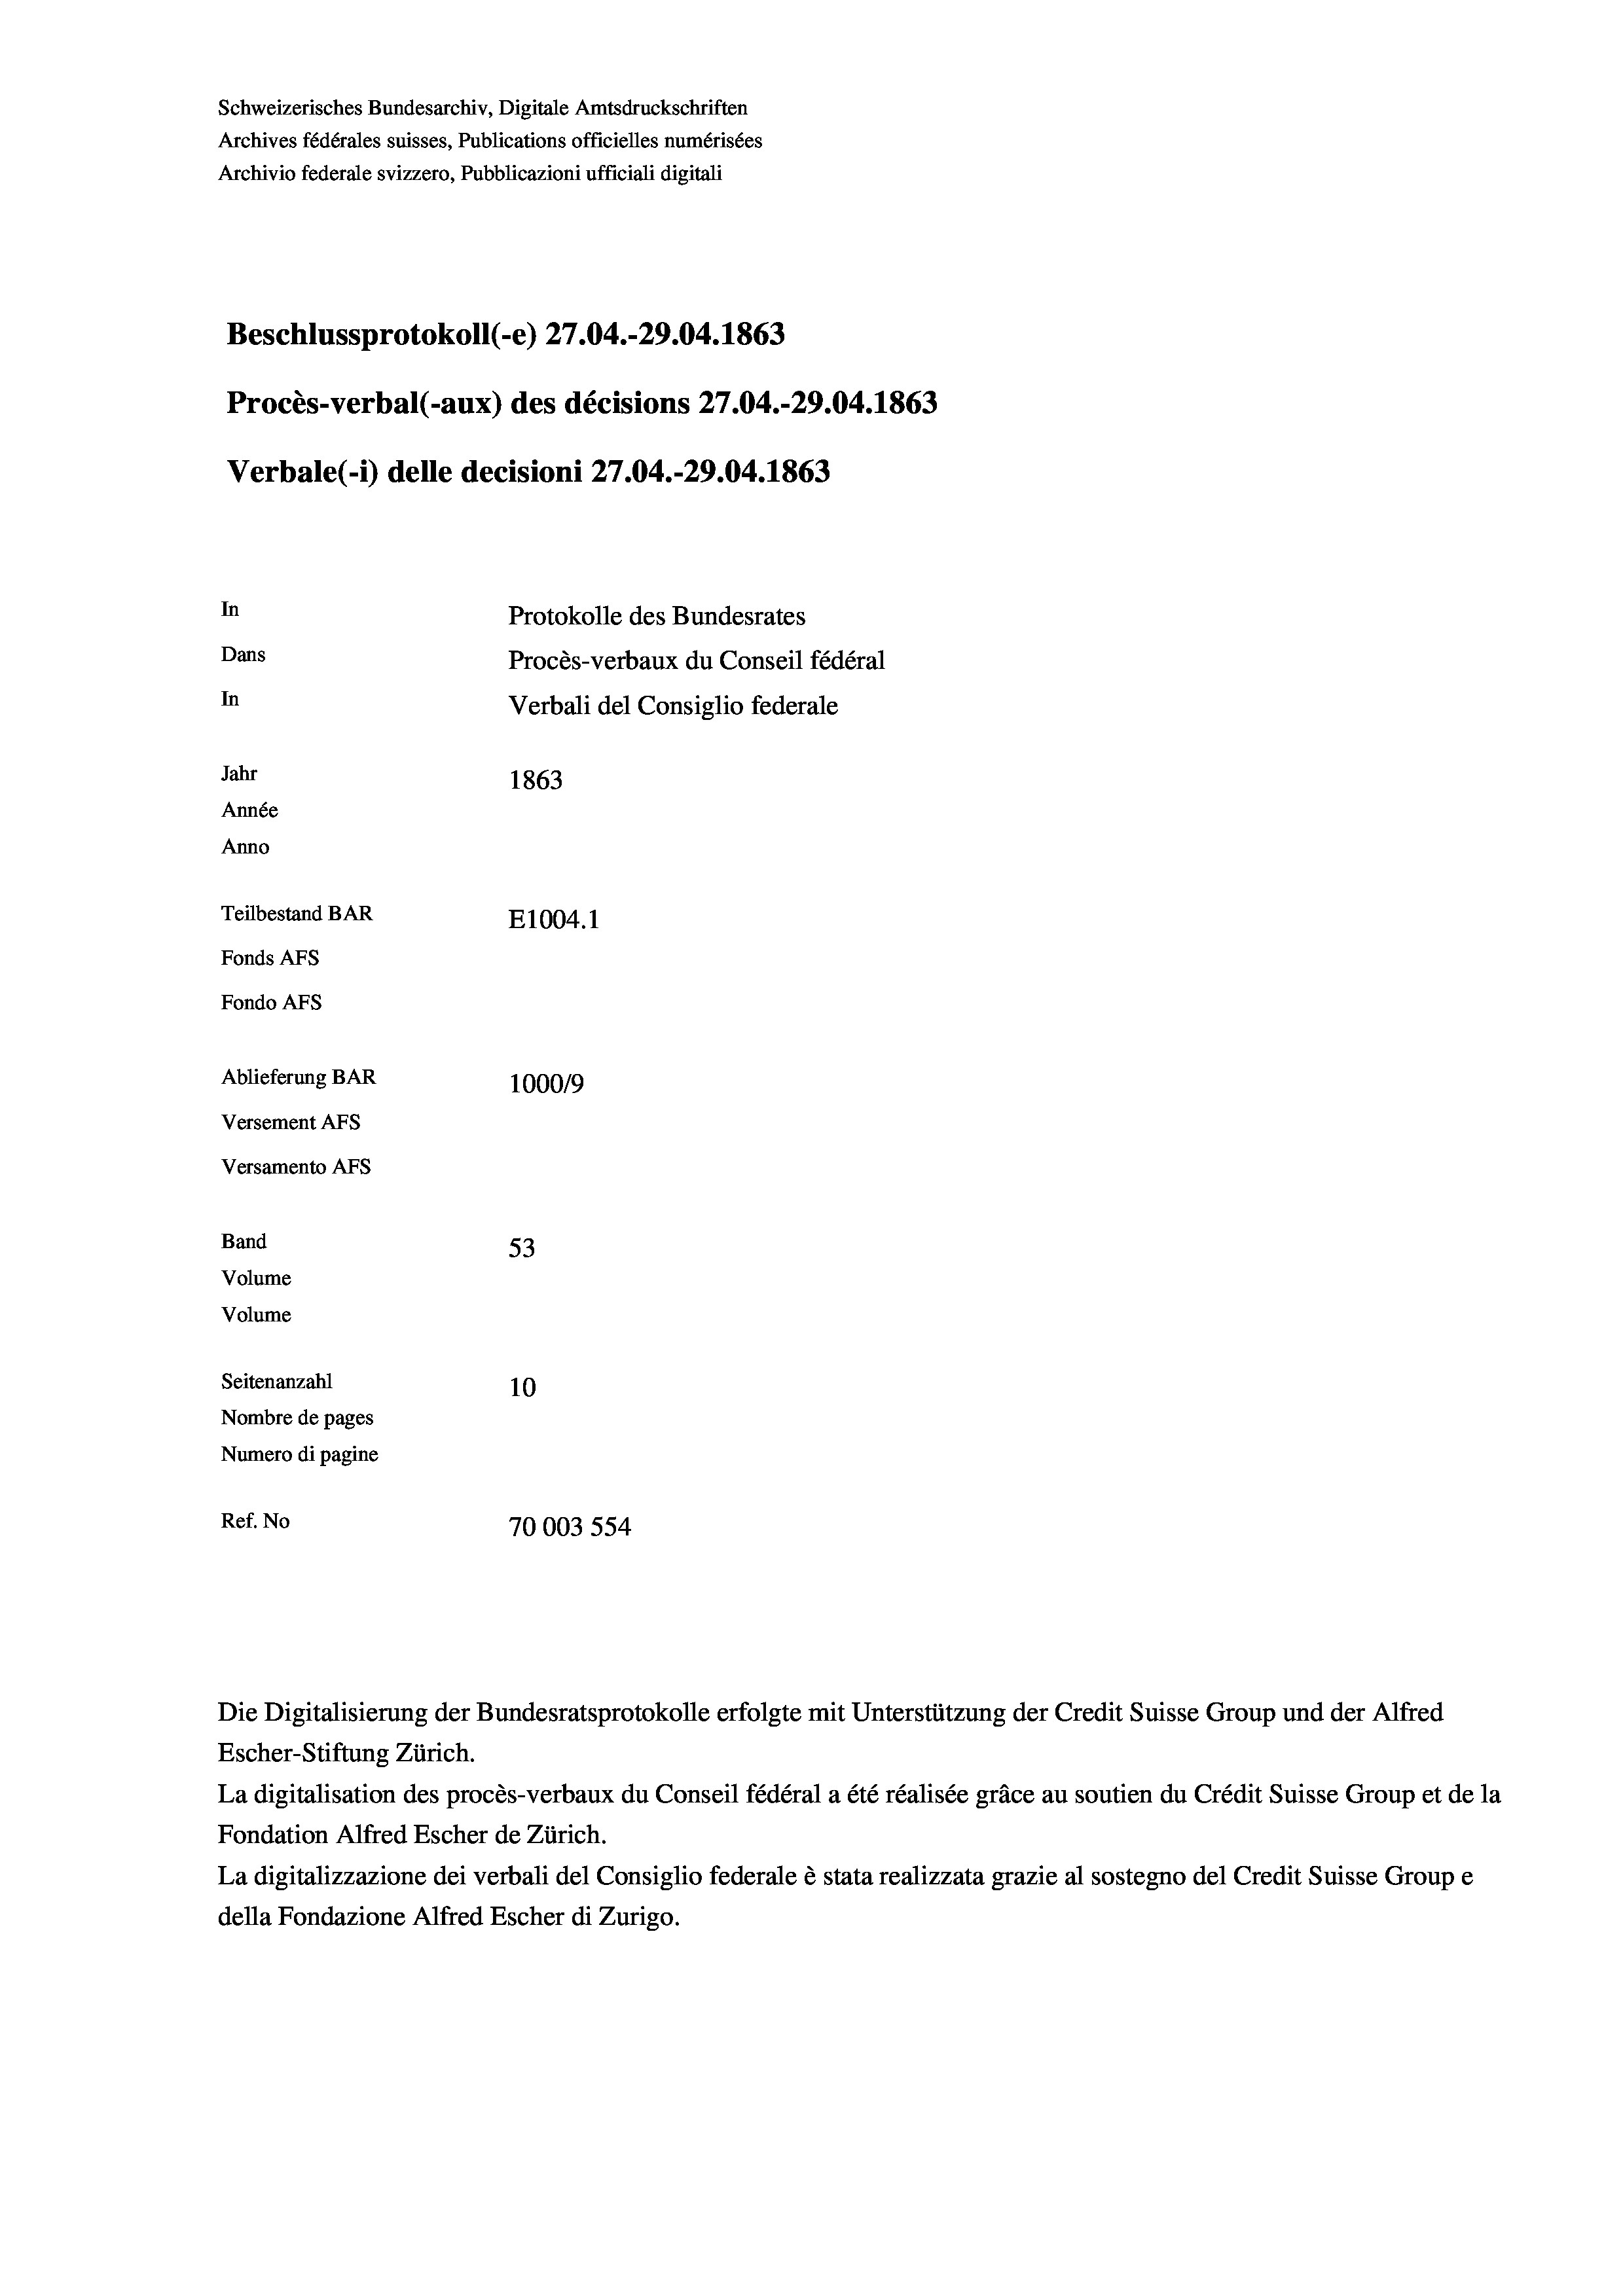
Beschlussprotokoll (-e) 27.04.-29.04. 1863
Procès-verbal (-aux) des décisions 27.04.-29.04. 1863
Verbale (i) delle decisioni 27.04.-29.04. 1863
In
Protokolle des Bundesrates
Dans
Procès-verbaux du Conseil fédéral
In
Verbali del Consiglio federale
Jahr
1863
Année
Anno
Teilbestand BAR
E1004. 1
Fonds AFs
Fondo Afs
Ablieferung BAR
100019
Versement Ans
Versamento Afs

Band
Volume
Volume
Seitenanzahl

53
10
Nombre de pages
Numero di pagine
Ref. No
70003 554

Schweizerisches Bundesarchiv, Digitale Amtsdruckschriften
Archives fédérales suisses, Publications officielles numérisées
Archivio federale svizzero, Pubblicazioni ufficiali digitali

Escher-Stiftung Zürich.
La digitalisation des procès-verbaux du Conseil fédéral a été réalisée gräce au soutien du Crédit Suisse Group et de la
Fondation Alfred Escher de Zürich.
La digitalizzazione dei verbali del Consiglio federale è stata realizzata grazie al sostegno del Credit Suisse Groupe
della Fondazione Alfred Escher di Zurigo.

Die Digitalisierung der Bundesratsprotokolle erfolgte mit Unterstützung der Credit Suisse Group und der Alfred